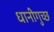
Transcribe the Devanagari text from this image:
धानीगुच्छ